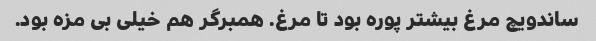
ساندویچ مرغ بیشتر پوره بود تا مرغ. همبرگر هم خیلی بی مزه بود.